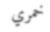
خمري